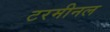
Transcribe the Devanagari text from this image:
टरमीनल